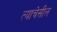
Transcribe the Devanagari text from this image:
त्याचेसील